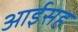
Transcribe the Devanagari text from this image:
आईसह